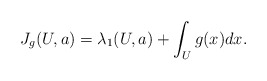
\begin{align*} J_g(U,a) = \lambda_1(U,a) + \int_U g(x) dx. \end{align*}